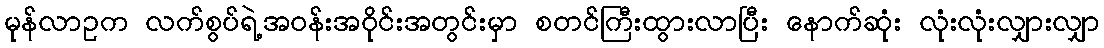
မုန်လာဥက လက်စွပ်ရဲ့အဝန်းအဝိုင်းအတွင်းမှာ စတင်ကြီးထွားလာပြီး နောက်ဆုံး လုံးလုံးလျှားလျှာ